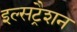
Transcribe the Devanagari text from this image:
इल्सट्रैशन